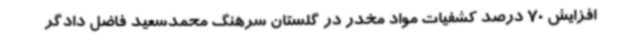
افزایش 70 درصد کشفیات مواد مخدر در گلستان سرهنگ محمدسعید فاضل دادگر